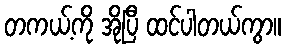
တကယ့်ကို အိုပြီ ထင်ပါတယ်ကွာ။